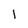
Character: 1